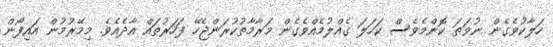
ހަލާކުވެގެން ނުވަތަ ކޮންމެވެސް ކަހަލަ ގެއްލުމެއްވެގެން މަރާމާތުކުރަންޖެހޭ ފަހަރުތައް އާދެއެވެ. މިމޭރުމުން އައިފޯން